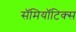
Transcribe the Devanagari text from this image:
सॅमियॉटिक्स